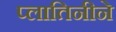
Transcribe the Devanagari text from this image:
प्लातिनीने